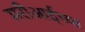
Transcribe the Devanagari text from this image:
मरीआईच्या